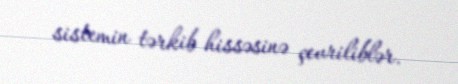
sistemin tərkib hissəsinə çevriliblər.